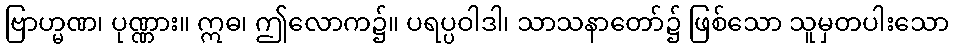
ဗြာဟ္မဏ၊ ပုဏ္ဏား။ ဣဓ၊ ဤလောက၌။ ပရပ္ပဝါဒါ၊ သာသနာတော်၌ ဖြစ်သော သူမှတပါးသော